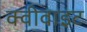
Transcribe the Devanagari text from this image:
क्वीवाइट